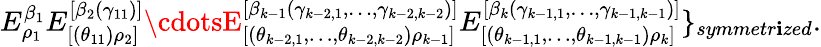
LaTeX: E_{\rho_{1}}^{\beta_{1}}E_{[(\theta_{11})\rho_{2}]}^{[\beta_{2}(\gamma_{11})]}\cdotsE_{[(\theta_{k-2,1},\ldots,\theta_{k-2,k-2})\rho_{k-1}]}^{[\beta_{k-1}(\gamma_{k-2,1},\ldots,\gamma_{k-2,k-2})]}E_{[(\theta_{k-1,1},\ldots,\theta_{k-1,k-1})\rho_{k}]}^{[\beta_{k}(\gamma_{k-1,1},\ldots,\gamma_{k-1,k-1})]}\} _{symmetr\mathbf{i}zed}.